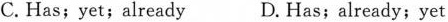
C.Has;yet;already D. Has;already;yet